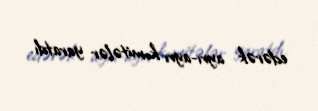
edərək ayrı-ayrı komitələr yaratdı.